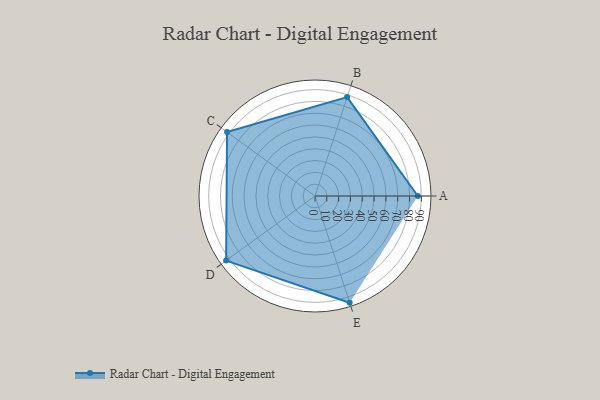
{"axis": {"x": "Skill", "y": "Score"}, "legend": ["Profile"], "data": [{"x": "A", "y": 87.0, "type": "Profile"}, {"x": "B", "y": 88.0, "type": "Profile"}, {"x": "C", "y": 92.0, "type": "Profile"}, {"x": "D", "y": 93.0, "type": "Profile"}, {"x": "E", "y": 95.0, "type": "Profile"}]}